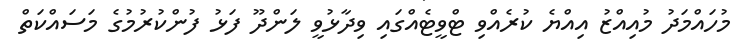
މުހައްމަދު މުއިއްޒު އިއްޔެ ކުރެއްވި ޓްވީޓެއްގައި ވިދާޅުވީ ލަންދޫ ފަޅު ފުންކުރުމުގެ މަސައްކަތް